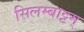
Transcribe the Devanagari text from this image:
सिलम्बाट्टम्